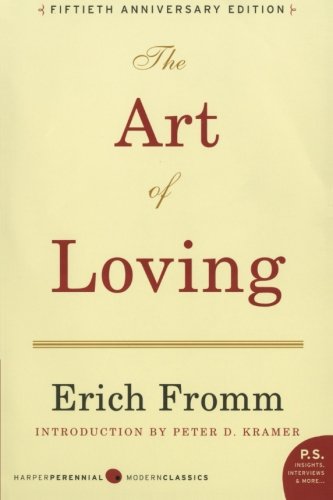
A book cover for The Art of Loving; Erich Fromm; Self-Help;